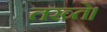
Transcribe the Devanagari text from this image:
तख्ते।